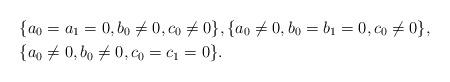
LaTeX: \begin{align*}&\{a_0=a_1=0, b_0\neq0, c_0 \neq0\}, \{a_0\neq0, b_0=b_1=0, c_0\neq0\},\\&\{a_0\neq0, b_0\neq0, c_0=c_1=0\}.\end{align*}